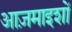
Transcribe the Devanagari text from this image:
आज़माइशों